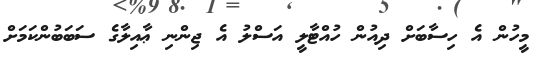
މީހުން އެ ހިސާބަށް ދިއުން ހުއްޓާލީ އަސްލު އެ ޖިންނި ޢާއިލާގެ ސަބަބުންކަމަށް